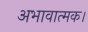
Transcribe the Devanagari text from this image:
अभावात्मक।